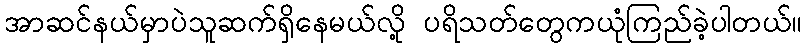
အာဆင်နယ်မှာပဲသူဆက်ရှိနေမယ်လို့ ပရိသတ်တွေကယုံကြည်ခဲ့ပါတယ်။